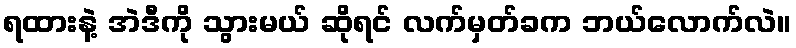
ရထားနဲ့ အဲဒီကို သွားမယ် ဆိုရင် လက်မှတ်ခက ဘယ်လောက်လဲ။